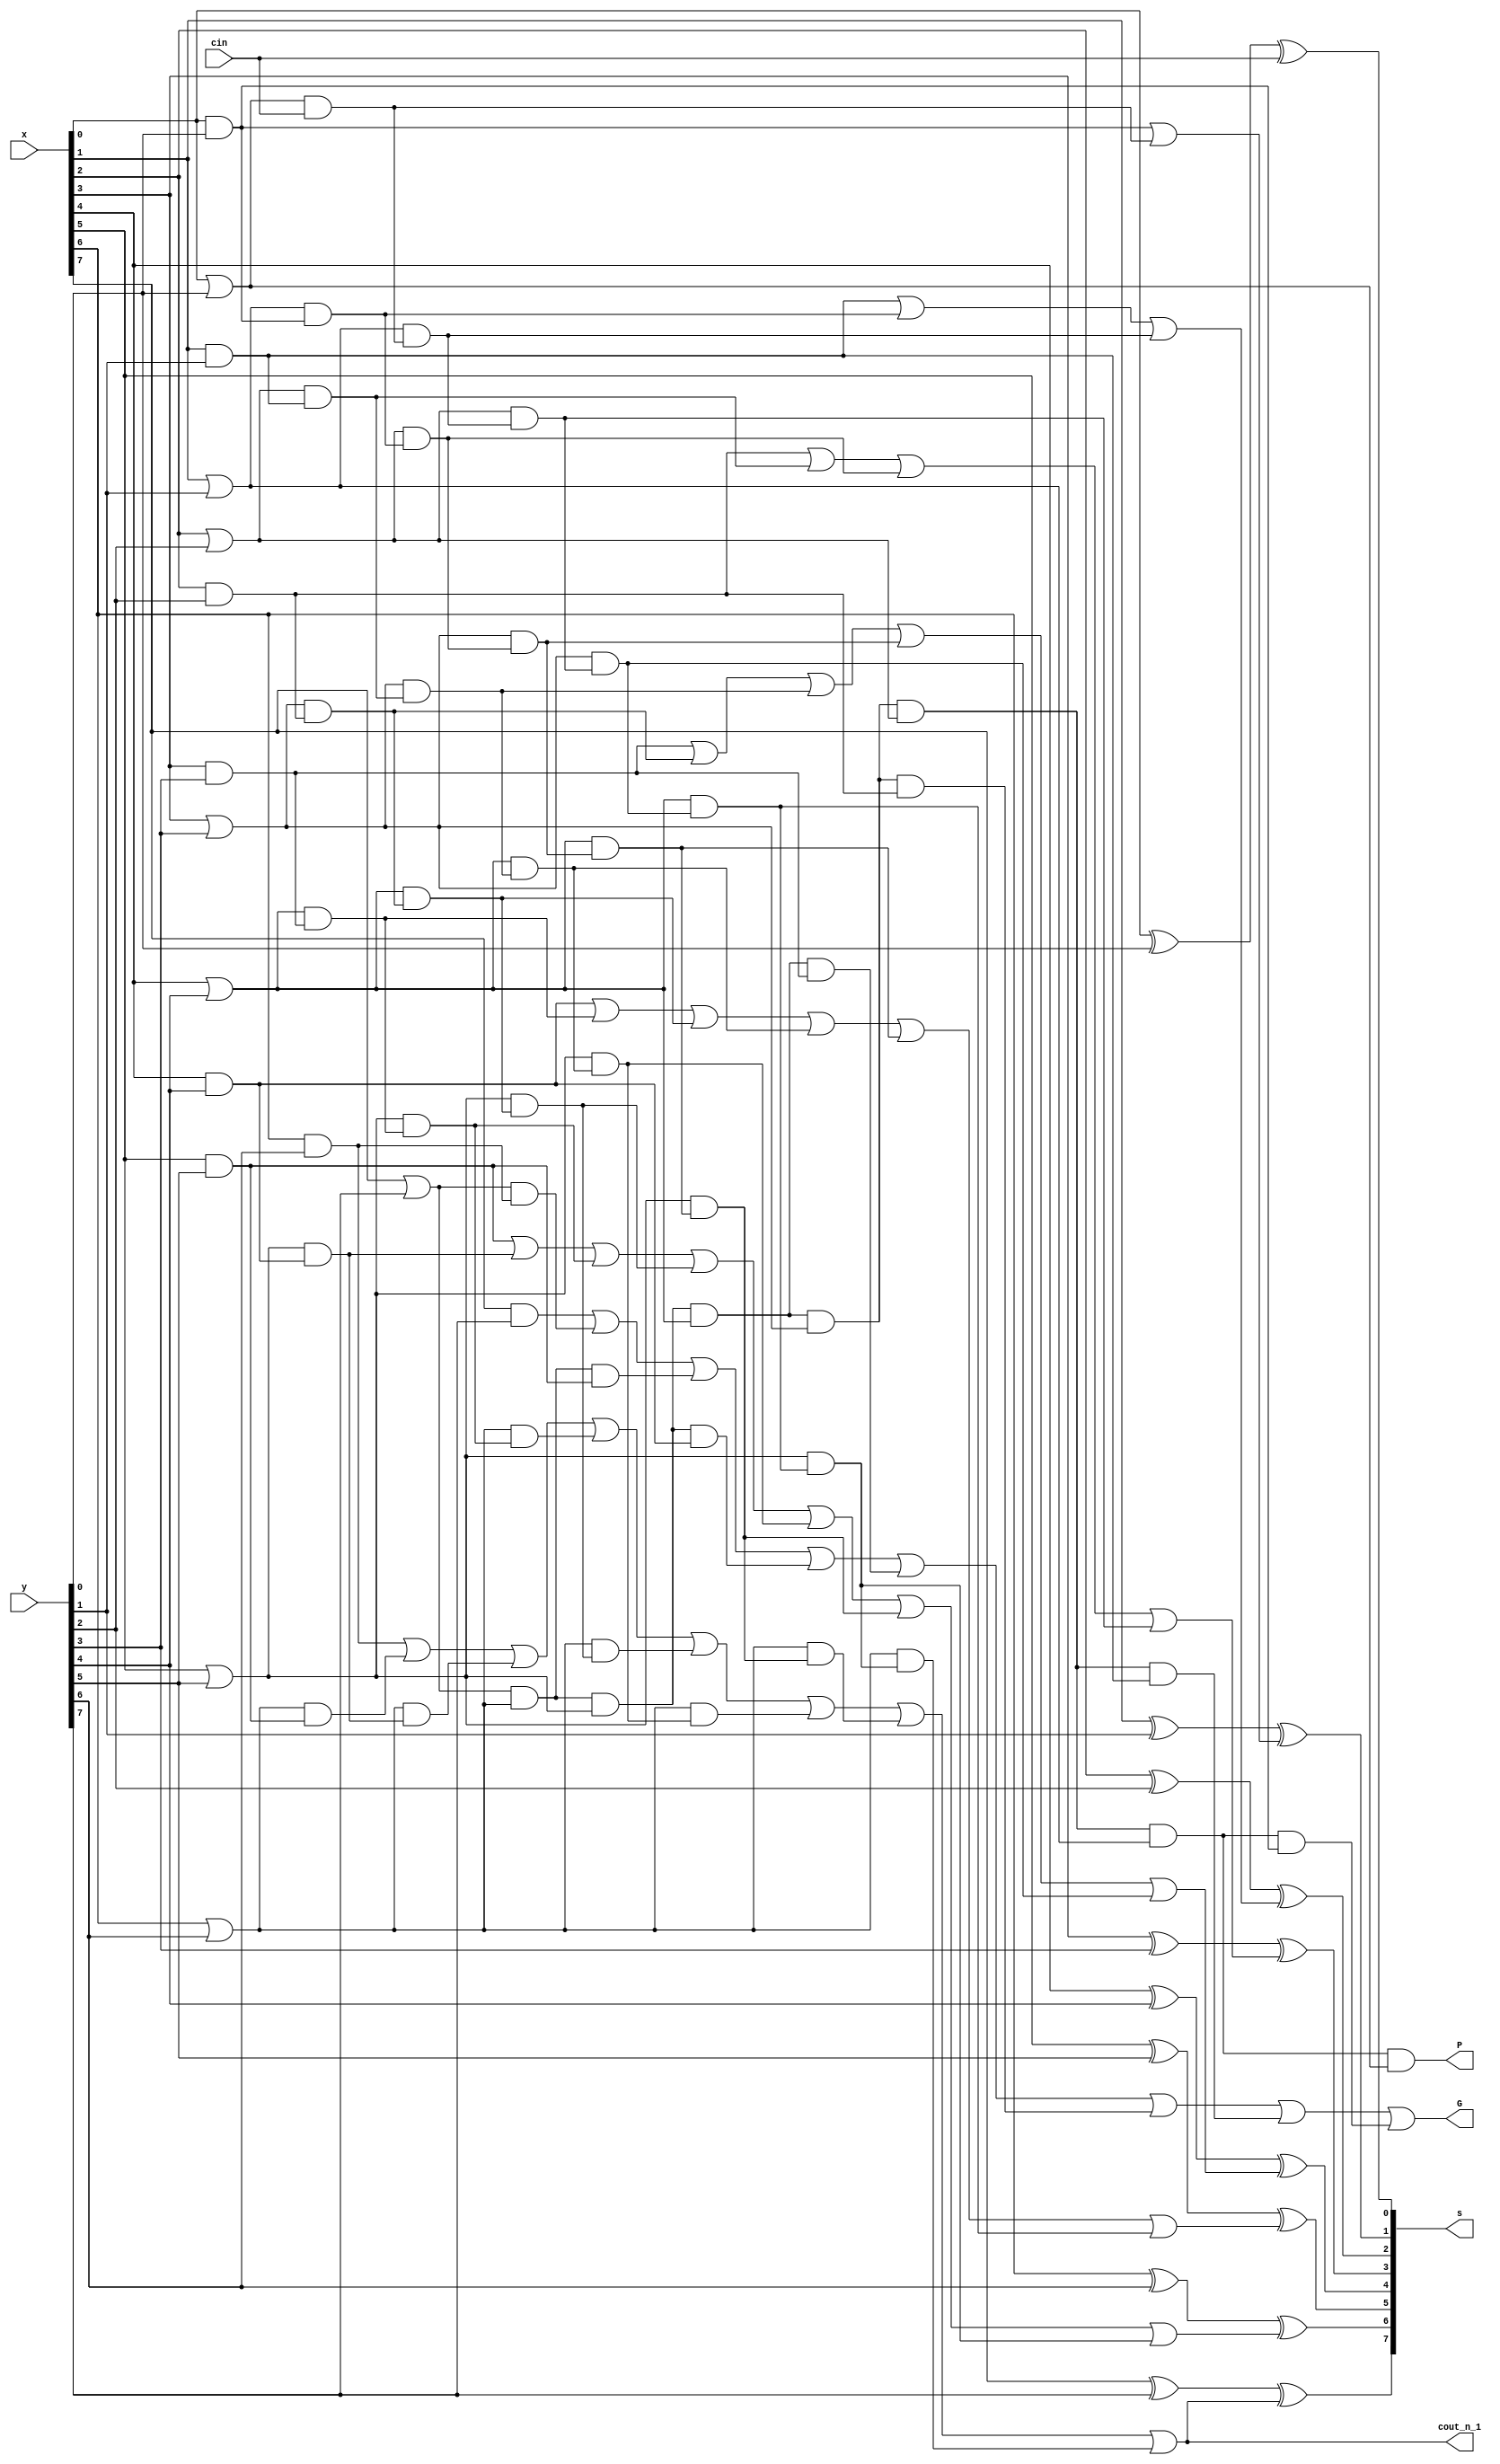
//module block, used in module CLA

module block(x, y, cin, s, G, P, cout_n_1);

	input [7:0] x,y;
	input cin;
	output [7:0] s;
	output G,P, cout_n_1;
	wire p7, p6, p5, p4, p3, p2, p1, p0, g7, g6, g5, g4, g3, g2, g1, g0;
	wire p7g6, p7p6g5, p7p6p5g4, p7p6p5p4g3, p7p6p5p4p3g2, p7p6p5p4p3p2g1, p7p6p5p4p3p2p1g0;
	wire p0cin, p1g0, p1p0cin, p2g1, p2p1g0, p2p1p0cin, p3g2, p3p2g1, p3p2p1g0, p3p2p1p0cin;
	wire p4g3, p4p3g2, p4p3p2g1, p4p3p2p1g0, p4p3p2p1p0cin;
	wire p5g4, p5p4g3, p5p4p3g2, p5p4p3p2g1, p5p4p3p2p1g0, p5p4p3p2p1p0cin;
	wire p6g5, p6p5g4, p6p5p4g3, p6p5p4p3g2, p6p5p4p3p2g1, p6p5p4p3p2p1g0, p6p5p4p3p2p1p0cin;
	wire c1, c2, c3, c4, c5, c6, c7, cout_n_1;
	
	//calculate g0-g7 p0-p7
	and and0 (g0, x[0], y[0]);
	and and1 (g1, x[1], y[1]);
	and and2 (g2, x[2], y[2]);
	and and3 (g3, x[3], y[3]);
	and and4 (g4, x[4], y[4]);
	and and5 (g5, x[5], y[5]);
	and and6 (g6, x[6], y[6]);
	and and7 (g7, x[7], y[7]);
	
	or or0 (p0, x[0], y[0]);
	or or1 (p1, x[1], y[1]);
	or or2 (p2, x[2], y[2]);
	or or3 (p3, x[3], y[3]);
	or or4 (p4, x[4], y[4]);
	or or5 (p5, x[5], y[5]);
	or or6 (p6, x[6], y[6]);
	or or7 (p7, x[7], y[7]);
	
	//calculate P
	and and8 (P, p7, p6, p5, p4, p3, p2, p1, p0);
	
	//calculate G
	and and9 (p7g6, p7, g6);
	and and10 (p7p6g5, p7, p6, g5);
	and and11 (p7p6p5g4, p7, p6, p5, g4);
	and and12 (p7p6p5p4g3, p7, p6, p5, p4, g3);
	and and13 (p7p6p5p4p3g2, p7, p6, p5, p4, p3, g2);
	and and14 (p7p6p5p4p3p2g1, p7, p6, p5, p4, p3, p2, g1);
	and and15 (p7p6p5p4p3p2p1g0, p7, p6, p5, p4, p3, p2, p1, g0);
	
	or or8 (G, g7, p7g6, p7p6g5, p7p6p5g4, p7p6p5p4g3, p7p6p5p4p3g2, p7p6p5p4p3p2g1, p7p6p5p4p3p2p1g0);
	
	//calculate s
	xor xor0 (s[0], x[0], y[0], cin);
	xor xor1 (s[1], x[1], y[1], c1);
	xor xor2 (s[2], x[2], y[2], c2);
	xor xor3 (s[3], x[3], y[3], c3);
	xor xor4 (s[4], x[4], y[4], c4);
	xor xor5 (s[5], x[5], y[5], c5);
	xor xor6 (s[6], x[6], y[6], c6);
	xor xor7 (s[7], x[7], y[7], c7);
	
	or or9 (c1, g0, p0cin);
	or or10 (c2, g1, p1g0, p1p0cin);
	or or11 (c3, g2, p2g1, p2p1g0, p2p1p0cin);
	or or12 (c4, g3, p3g2, p3p2g1, p3p2p1g0, p3p2p1p0cin);
	or or13 (c5, g4, p4g3, p4p3g2, p4p3p2g1, p4p3p2p1g0, p4p3p2p1p0cin);
	or or14 (c6, g5, p5g4, p5p4g3, p5p4p3g2, p5p4p3p2g1, p5p4p3p2p1g0, p5p4p3p2p1p0cin);
	or or15 (c7, g6, p6g5, p6p5g4, p6p5p4g3, p6p5p4p3g2, p6p5p4p3p2g1, p6p5p4p3p2p1g0, p6p5p4p3p2p1p0cin);
	assign cout_n_1 = c7;
	
	and and16 (p0cin, p0, cin);
	
	and and17 (p1g0, p1, g0);
	and and18 (p1p0cin, p1, p0cin);
	
	and and19 (p2g1, p2, g1);
	and and20 (p2p1g0, p2, p1g0);
	and and21 (p2p1p0cin, p2, p1p0cin);
	
	and and22 (p3g2, p3, g2);
	and and23 (p3p2g1, p3, p2g1);
	and and24 (p3p2p1g0, p3, p2p1g0);
	and and25 (p3p2p1p0cin, p3, p2p1p0cin);
	
	and and26 (p4g3, p4, g3);
	and and27 (p4p3g2, p4, p3g2);
	and and28 (p4p3p2g1, p4, p3p2g1);
	and and29 (p4p3p2p1g0, p4, p3p2p1g0);
	and and30 (p4p3p2p1p0cin, p4, p3p2p1p0cin);
	
	and and31 (p5g4, p5, g4);
	and and32 (p5p4g3, p5, p4g3);
	and and33 (p5p4p3g2, p5, p4p3g2);
	and and34 (p5p4p3p2g1, p5, p4p3p2g1);
	and and35 (p5p4p3p2p1g0, p5, p4p3p2p1g0);
	and and36 (p5p4p3p2p1p0cin, p5, p4p3p2p1p0cin);
	
	and and37 (p6g5, p6, g5);
	and and38 (p6p5g4, p6, p5g4);
	and and39 (p6p5p4g3, p6, p5p4g3);
	and and40 (p6p5p4p3g2, p6, p5p4p3g2);
	and and41 (p6p5p4p3p2g1, p6, p5p4p3p2g1);
	and and42 (p6p5p4p3p2p1g0, p6, p5p4p3p2p1g0);
	and and43 (p6p5p4p3p2p1p0cin, p6, p5p4p3p2p1p0cin);
	
	
endmodule